Senior Leaving Certificate Examination (including Day School Certificate (Higher) General paper), 1947
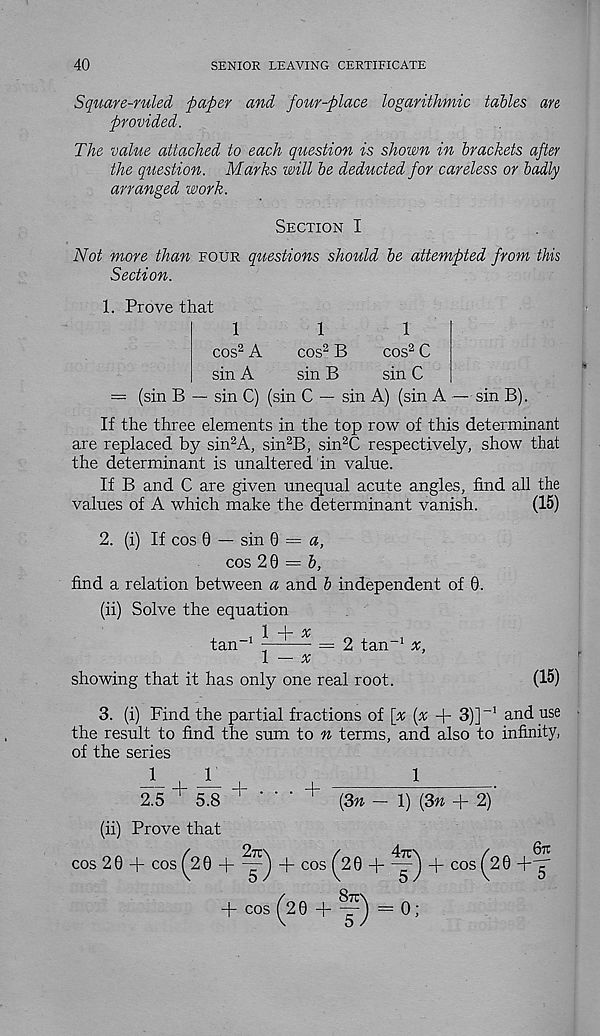
40
SENIOR LEAVING CERTIFICATE
Square-ruled paper and four-place logarithmic tables are
provided.
The value attached to each question is shown in brackets after
the question. Marks will be deducted for careless or badly
arranged work.
Section I
Not more than four questions should be attempted from this
Section.
1. Prove that
1
1
1
cos 2 A
cos 2 B
cos 2 C
sin A
sin B
sin C
= (sin B — sin C) (sin C — sin A) (sin A — sin B).
If the three elements in the top row of this determinant
are replaced by sin 2 A ) sin 2 B, sin 2 C respectively, show that
the determinant is unaltered in value.
If B and C are given unequal acute angles, find all the
values of A which make the determinant vanish.
(15)
2. (i) If cos 0 — sin 0 = «,
cos 2 0 = &,
find a relation between a and b independent of 0.
(ii) Solve the equation
1 1 - %
tan -1
= 2 tan -1
l — x
showing that it has only one real root.
(15)
3. (i) Find the partial fractions of [% (x + 3)]
and use
the result to find the sum to n terms, and also to infinity,
of the series
_1_
F J
1
2.5 + 5.8 '“••■+ ( 3n __
( 3w + 2)'
(ii) Prove that
cos 20 + cos ^20 +
+ cos (^20 +
+ cos ^2 0 +qr
+ cos (20 + y) :==